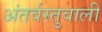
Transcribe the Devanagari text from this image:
अंतर्वस्तुवाली